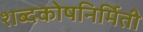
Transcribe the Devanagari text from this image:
शब्दकोषनिर्मिती